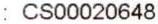
: CS00020648